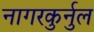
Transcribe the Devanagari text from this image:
नागरकुर्नुल